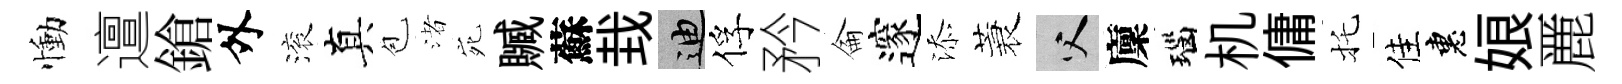
慟邅鎗外滚真苞渚宛贓蘇㘽迪俘矜侖邃添蓑父廩瑙机傭托佳惠娘䴡